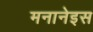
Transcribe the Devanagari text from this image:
मनानेइस